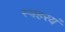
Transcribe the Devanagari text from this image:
स्वहरयं